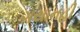
ગયાનહી